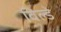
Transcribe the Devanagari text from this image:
विल्डे